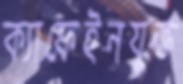
ক্যাফেইনযুক্ত